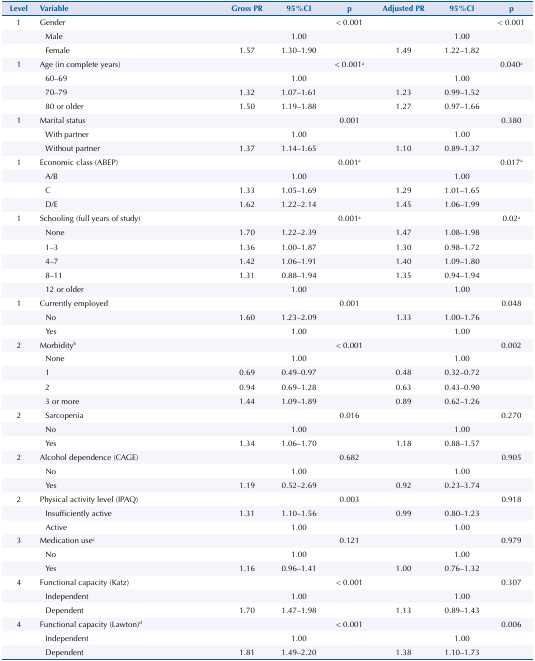
<table><thead><tr><td><b>Level</b></td><td><b>Variable</b></td><td><b>Gross PR</b></td><td><b>95%CI</b></td><td><b>p</b></td><td><b>Adjusted PR</b></td><td><b>95%CI</b></td><td><b>p</b></td></tr></thead><tbody><tr><td>1</td><td>Gender</td><td> </td><td> </td><td>&lt; 0.001</td><td> </td><td> </td><td>&lt; 0.001</td></tr><tr><td> </td><td>Male</td><td> </td><td>1.00</td><td> </td><td> </td><td>1.00</td><td> </td></tr><tr><td> </td><td>Female</td><td>1.57</td><td>1.30–1.90</td><td> </td><td>1.49</td><td>1.22–1.82</td><td> </td></tr><tr><td>1</td><td>Age (in complete years)</td><td> </td><td> </td><td>&lt; 0.001<sup>a</sup></td><td> </td><td> </td><td>0.040<sup>a</sup></td></tr><tr><td> </td><td>60–69</td><td> </td><td>1.00</td><td> </td><td> </td><td>1.00</td><td> </td></tr><tr><td> </td><td>70–79</td><td>1.32</td><td>1.07–1.61</td><td> </td><td>1.23</td><td>0.99–1.52</td><td> </td></tr><tr><td> </td><td>80 or older</td><td>1.50</td><td>1.19–1.88</td><td> </td><td>1.27</td><td>0.97–1.66</td><td> </td></tr><tr><td>1</td><td>Marital status</td><td> </td><td> </td><td>0.001</td><td> </td><td> </td><td>0.380</td></tr><tr><td> </td><td>With partner</td><td> </td><td>1.00</td><td> </td><td> </td><td>1.00</td><td> </td></tr><tr><td> </td><td>Without partner</td><td>1.37</td><td>1.14–1.65</td><td> </td><td>1.10</td><td>0.89–1.37</td><td> </td></tr><tr><td>1</td><td>Economic class (ABEP)</td><td> </td><td> </td><td>0.001<sup>a</sup></td><td> </td><td> </td><td>0.017<sup>a</sup></td></tr><tr><td> </td><td>A/B</td><td> </td><td>1.00</td><td> </td><td> </td><td>1.00</td><td> </td></tr><tr><td> </td><td>C</td><td>1.33</td><td>1.05–1.69</td><td> </td><td>1.29</td><td>1.01–1.65</td><td> </td></tr><tr><td> </td><td>D/E</td><td>1.62</td><td>1.22–2.14</td><td> </td><td>1.45</td><td>1.06–1.99</td><td> </td></tr><tr><td>1</td><td>Schooling (full years of study)</td><td> </td><td> </td><td>0.001<sup>a</sup></td><td> </td><td> </td><td>0.02<sup>a</sup></td></tr><tr><td> </td><td>None</td><td>1.70</td><td>1.22–2.39</td><td> </td><td>1.47</td><td>1.08–1.98</td><td> </td></tr><tr><td> </td><td>1–3</td><td>1.36</td><td>1.00–1.87</td><td> </td><td>1.30</td><td>0.98–1.72</td><td> </td></tr><tr><td> </td><td>4–7</td><td>1.42</td><td>1.06–1.91</td><td> </td><td>1.40</td><td>1.09–1.80</td><td> </td></tr><tr><td> </td><td>8–11</td><td>1.31</td><td>0.88–1.94</td><td> </td><td>1.35</td><td>0.94–1.94</td><td> </td></tr><tr><td> </td><td>12 or older</td><td> </td><td>1.00</td><td> </td><td> </td><td>1.00</td><td> </td></tr><tr><td>1</td><td>Currently employed</td><td> </td><td> </td><td>0.001</td><td> </td><td> </td><td>0.048</td></tr><tr><td> </td><td>No</td><td>1.60</td><td>1.23–2.09</td><td> </td><td>1.33</td><td>1.00–1.76</td><td> </td></tr><tr><td> </td><td>Yes</td><td> </td><td>1.00</td><td> </td><td> </td><td>1.00</td><td> </td></tr><tr><td>2</td><td>Morbidity<sup>b</sup></td><td> </td><td> </td><td>&lt; 0.001</td><td> </td><td> </td><td>0.002</td></tr><tr><td> </td><td>None</td><td> </td><td>1.00</td><td> </td><td> </td><td>1.00</td><td> </td></tr><tr><td> </td><td>1</td><td>0.69</td><td>0.49–0.97</td><td> </td><td>0.48</td><td>0.32–0.72</td><td> </td></tr><tr><td> </td><td>2</td><td>0.94</td><td>0.69–1.28</td><td> </td><td>0.63</td><td>0.43–0.90</td><td> </td></tr><tr><td> </td><td>3 or more</td><td>1.44</td><td>1.09–1.89</td><td> </td><td>0.89</td><td>0.62–1.26</td><td> </td></tr><tr><td>2</td><td>Sarcopenia</td><td> </td><td> </td><td>0.016</td><td> </td><td> </td><td>0.270</td></tr><tr><td> </td><td>No</td><td> </td><td>1.00</td><td> </td><td> </td><td>1.00</td><td> </td></tr><tr><td> </td><td>Yes</td><td>1.34</td><td>1.06–1.70</td><td> </td><td>1.18</td><td>0.88–1.57</td><td> </td></tr><tr><td>2</td><td>Alcohol dependence (CAGE)</td><td> </td><td> </td><td>0.682</td><td> </td><td> </td><td>0.905</td></tr><tr><td> </td><td>No</td><td> </td><td>1.00</td><td> </td><td> </td><td>1.00</td><td> </td></tr><tr><td> </td><td>Yes</td><td>1.19</td><td>0.52–2.69</td><td> </td><td>0.92</td><td>0.23–3.74</td><td> </td></tr><tr><td>2</td><td>Physical activity level (IPAQ)</td><td> </td><td> </td><td>0.003</td><td> </td><td> </td><td>0.918</td></tr><tr><td> </td><td>Insufficiently active</td><td>1.31</td><td>1.10–1.56</td><td> </td><td>0.99</td><td>0.80–1.23</td><td> </td></tr><tr><td> </td><td>Active</td><td> </td><td>1.00</td><td> </td><td> </td><td>1.00</td><td> </td></tr><tr><td>3</td><td>Medication use<sup>c</sup></td><td> </td><td> </td><td>0.121</td><td> </td><td> </td><td>0.979</td></tr><tr><td> </td><td>No</td><td> </td><td>1.00</td><td> </td><td> </td><td>1.00</td><td> </td></tr><tr><td> </td><td>Yes</td><td>1.16</td><td>0.96–1.41</td><td> </td><td>1.00</td><td>0.76–1.32</td><td> </td></tr><tr><td>4</td><td>Functional capacity (Katz)</td><td> </td><td> </td><td>&lt; 0.001</td><td> </td><td> </td><td>0.307</td></tr><tr><td> </td><td>Independent</td><td> </td><td>1.00</td><td> </td><td> </td><td>1.00</td><td> </td></tr><tr><td> </td><td>Dependent</td><td>1.70</td><td>1.47–1.98</td><td> </td><td>1.13</td><td>0.89–1.43</td><td> </td></tr><tr><td>4</td><td>Functional capacity (Lawton)<sup>d</sup></td><td> </td><td> </td><td>&lt; 0.001</td><td> </td><td> </td><td>0.006</td></tr><tr><td> </td><td>Independent</td><td> </td><td>1.00</td><td> </td><td> </td><td>1.00</td><td> </td></tr><tr><td> </td><td>Dependent</td><td>1.81</td><td>1.49–2.20</td><td> </td><td>1.38</td><td>1.10–1.73</td><td> </td></tr></tbody></table>